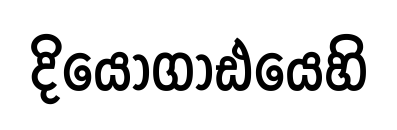
දියොගාඪයෙහි